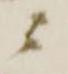
ニ